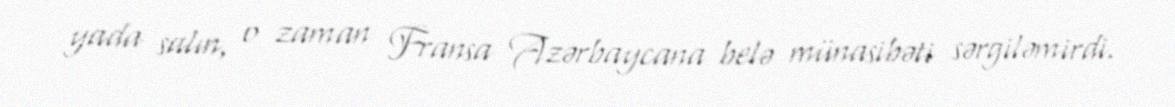
yada salın, o zaman Fransa Azərbaycana belə münasibəti sərgiləmirdi.